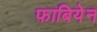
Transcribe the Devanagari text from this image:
फाबियेन